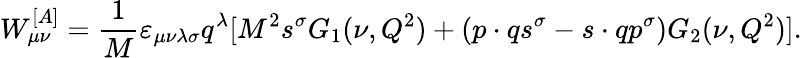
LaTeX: W_{\mu\nu}^{[A]}=\frac{1}{M}\varepsilon_{\mu\nu\lambda\sigma}q^{\lambda}[M^{2}s^{\sigma}G_{1}(\nu,Q^{2})+(p\cdot qs^{\sigma}-s\cdot qp^{\sigma})G_{2}(\nu,Q^{2})].